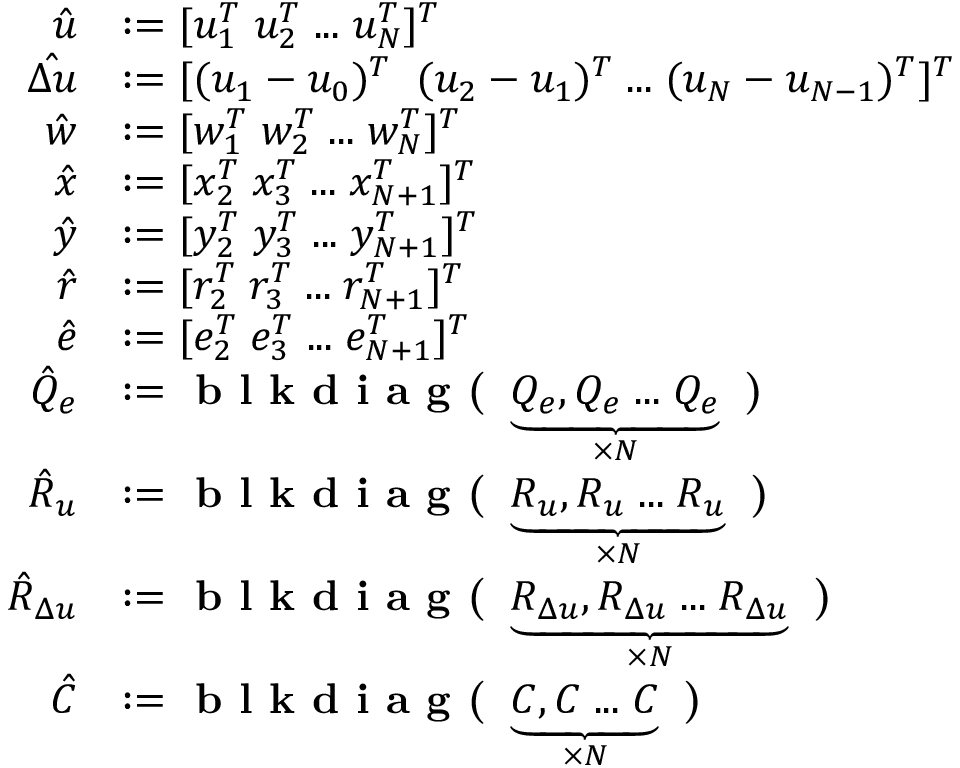
\begin{array} { r l } { \hat { u } } & { : = [ u _ { 1 } ^ { T } \; u _ { 2 } ^ { T } \; . . . \; u _ { N } ^ { T } ] ^ { T } } \\ { \hat { \Delta u } } & { : = [ ( u _ { 1 } - u _ { 0 } ) ^ { T } \; \; ( u _ { 2 } - u _ { 1 } ) ^ { T } \; . . . \; ( u _ { N } - u _ { N - 1 } ) ^ { T } ] ^ { T } } \\ { \hat { w } } & { : = [ w _ { 1 } ^ { T } \; w _ { 2 } ^ { T } \; . . . \; w _ { N } ^ { T } ] ^ { T } } \\ { \hat { x } } & { : = [ x _ { 2 } ^ { T } \; x _ { 3 } ^ { T } \; . . . \; x _ { N + 1 } ^ { T } ] ^ { T } } \\ { \hat { y } } & { : = [ y _ { 2 } ^ { T } \; y _ { 3 } ^ { T } \; . . . \; y _ { N + 1 } ^ { T } ] ^ { T } } \\ { \hat { r } } & { : = [ r _ { 2 } ^ { T } \; r _ { 3 } ^ { T } \; . . . \; r _ { N + 1 } ^ { T } ] ^ { T } } \\ { \hat { e } } & { : = [ e _ { 2 } ^ { T } \; e _ { 3 } ^ { T } \; . . . \; e _ { N + 1 } ^ { T } ] ^ { T } } \\ { \hat { Q } _ { e } } & { : = \textbf { b l k d i a g ( } \underbrace { Q _ { e } , Q _ { e } \; . . . \; Q _ { e } } _ { \times N } \textbf { ) } } \\ { \hat { R } _ { u } } & { : = \textbf { b l k d i a g ( } \underbrace { R _ { u } , R _ { u } \; . . . \; R _ { u } } _ { \times N } \textbf { ) } } \\ { \hat { R } _ { \Delta u } } & { : = \textbf { b l k d i a g ( } \underbrace { R _ { \Delta u } , R _ { \Delta u } \; . . . \; R _ { \Delta u } } _ { \times N } \textbf { ) } } \\ { \hat { C } } & { : = \textbf { b l k d i a g ( } \underbrace { C , C \; . . . \; C } _ { \times N } \textbf { ) } } \end{array}